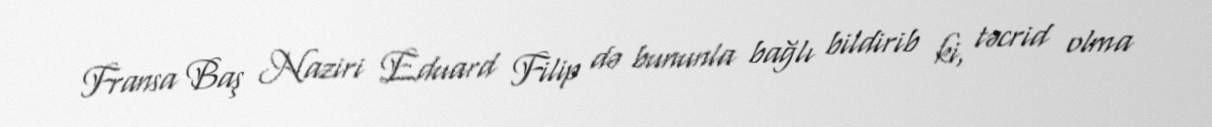
Fransa Baş Naziri Eduard Filip də bununla bağlı bildirib ki, təcrid olma